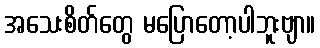
အသေးစိတ်တွေ မပြောတော့ပါဘူးဗျာ။